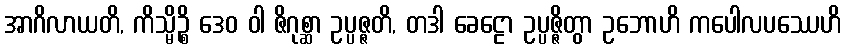
အာဂိလာယတိ, ကိသ္မိဉ္စိ ဒေဝ ဝါ ဇိဂုစ္ဆာ ဥပ္ပဇ္ဇတိ, တဒါ ခေဠော ဥပ္ပဇ္ဇိတွာ ဥဘောဟိ ကပေါလပဿေဟိ